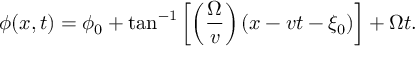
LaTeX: \phi ( x , t ) = \phi _ { 0 } + \tan ^ { - 1 } \left[ \left( \frac { \Omega } { v } \right) ( x - v t - \xi _ { 0 } ) \right] + \Omega t .